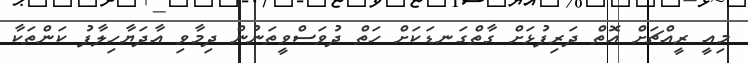
މިއީ ރީއްޗަށް އޮތް ދަރިފުޅަށް ގާތްގަނޑަކަށް ހަތް ދުވަސްވީތަނުން ދިމާވި އާދަޔާހިލާފު ކަންތަކާ